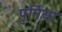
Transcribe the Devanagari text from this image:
पुर्निया